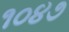
૧૦૪૭